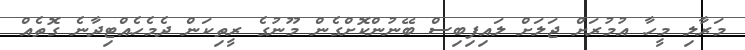
މަރާލި މީހާ އުމުރަށް ޖަލަށް ލައިފިބިސް ބޭނުންކޮށްގެން މޫނުގެ ރީތިކަން ދެމެހެއްޓިދާނެ ގޮތެއް